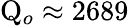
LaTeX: \mathrm{Q}_{o}\approx 2689